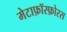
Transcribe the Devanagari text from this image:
मेटाफ़ॉस्फ़ोरस